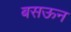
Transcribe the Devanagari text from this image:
बसऊन